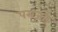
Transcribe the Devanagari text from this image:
पराजत